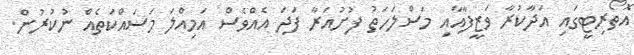
އޮތޯރިޓީގައި އަދާކުރާ ވަޒީފާއާއި މަސްލަހަތު ފުށުއަރާ ފަދަ އެއްވެސް އަމިއްލަ މަސައްކަތެއް ނުކުރުން.